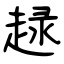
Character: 趢